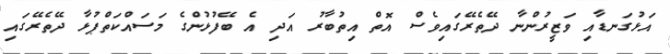
އަޅުގަނޑާއި ވަޒީރުންނާ ދޭތެރޭގައިވެސް އޮތް އިތުބާރު އަދި އެ ބޭފުޅުންގެ މަސައްކަތްޕުޅާ ދޭތެރޭގައި